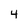
Character: 4